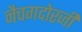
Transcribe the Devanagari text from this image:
नैचगदोरजी